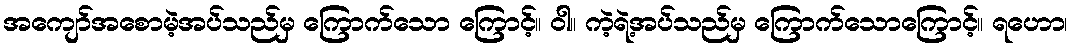
အကျော်အစောမဲ့အပ်သည်မှ ကြောက်သော ကြောင့်။ ဝါ။ ကဲ့ရဲ့အပ်သည်မှ ကြောက်သောကြောင့်။ ရဟော၊